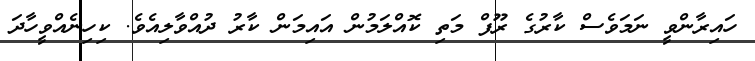
ހައިރާންވީ ނަމަވެސް ކާރުގެ ރޫފް މަތި ކޮއްލަމުން އައިމަން ކާރު ދުއްވާލިއެވެ. ކިހިނެއްވީހާދަ